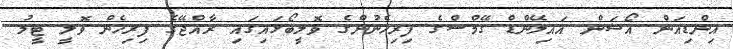
އިންޑިއަން އޯޝަން އައިލޭންޑް ގޭމްސްގެ ފިރިހެނުންގެ ވޮލީބޯޅައިގައި ރާއްޖޭގެ ފިރިހެން ވޮލީ ޓީމު